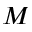
M